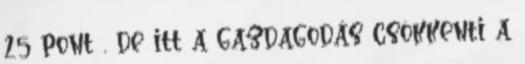
25 pont , de itt a gazdagodás csökkenti a